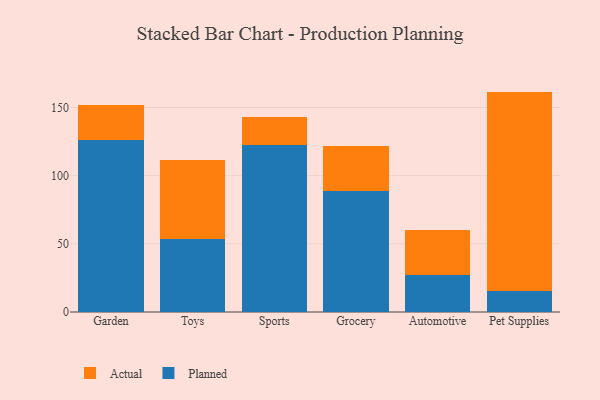
{"axis": {"x": "Category", "y": "Operating Costs (USD K)"}, "legend": ["Actual", "Planned"], "data": [{"x": "Garden", "y": 125.9, "type": "Planned"}, {"x": "Garden", "y": 25.7, "type": "Actual"}, {"x": "Toys", "y": 53.5, "type": "Planned"}, {"x": "Toys", "y": 58.0, "type": "Actual"}, {"x": "Sports", "y": 122.5, "type": "Planned"}, {"x": "Sports", "y": 20.3, "type": "Actual"}, {"x": "Grocery", "y": 88.8, "type": "Planned"}, {"x": "Grocery", "y": 32.7, "type": "Actual"}, {"x": "Automotive", "y": 27.1, "type": "Planned"}, {"x": "Automotive", "y": 32.9, "type": "Actual"}, {"x": "Pet Supplies", "y": 15.5, "type": "Planned"}, {"x": "Pet Supplies", "y": 146.2, "type": "Actual"}]}